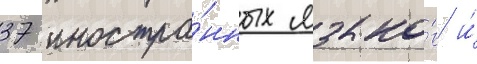
37 иностра́нных языко́в и́